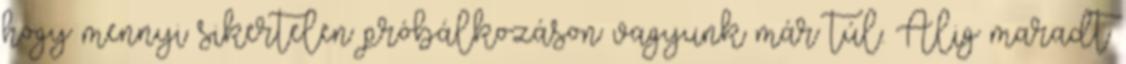
hogy mennyi sikertelen próbálkozáson vagyunk már túl. Alig maradt